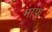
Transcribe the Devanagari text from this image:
माफ्